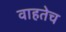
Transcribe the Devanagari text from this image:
वाहतेच